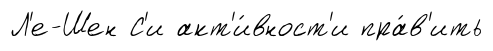
Л'е-Шен С'и акт'и́вност'и пра́в'ить